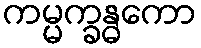
ကမ္မက္ခန္ဓကော